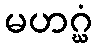
မဟဂ္ဃံ